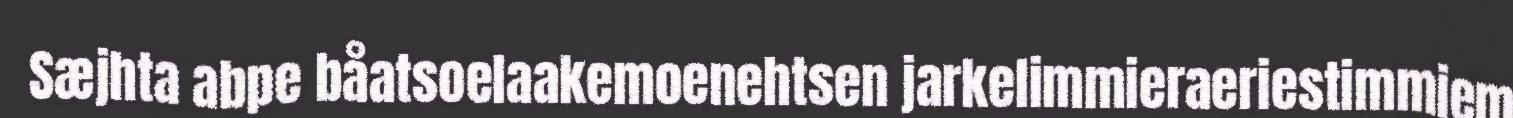
Sæjhta abpe båatsoelaakemoenehtsen jarkelimmieraeriestimmiem